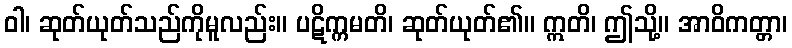
ဝါ၊ ဆုတ်ယုတ်သည်ကိုမူလည်း။ ပဋိက္ကမတိ၊ ဆုတ်ယုတ်၏။ ဣတိ၊ ဤသို့။ အာဝိကတ္တာ၊